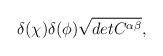
LaTeX: \begin{align*}\delta (\chi) \delta(\phi) \sqrt{det C^{\alpha \beta}} , \end{align*}